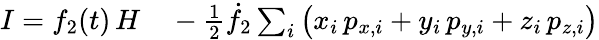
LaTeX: \begin{array}{rl}{I=f_{2}(t)\, H}&{{}-{\textstyle\frac{1}{2}}\dot{f}_{2}\sum_{i}\big(x_{i}\, p_{x,i}+y_{i}\, p_{y,i}+z_{i}\, p_{z,i}\big)}\end{array}